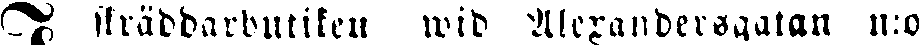
skräddarbutiker wid Alexandersgatan n:o